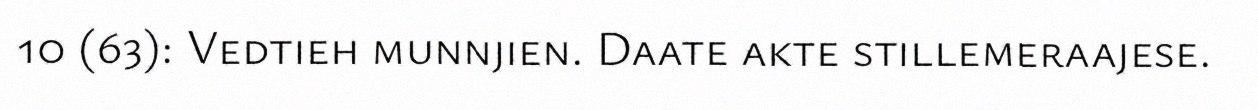
10 (63): Vedtieh munnjien. Daate akte stillemeraajese.